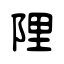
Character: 陧